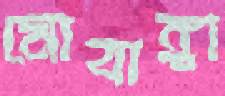
মোবাঙ্গা